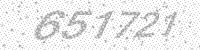
Solution: 651721